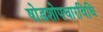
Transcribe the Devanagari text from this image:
षोडशोपचारविधि